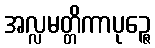
အလ္လမတ္တိကာပုဉ္ဇေ